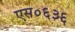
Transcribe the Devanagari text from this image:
एस०६३६